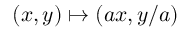
( x , y ) \mapsto ( a x , y / a )